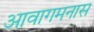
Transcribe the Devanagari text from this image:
आवागमनास